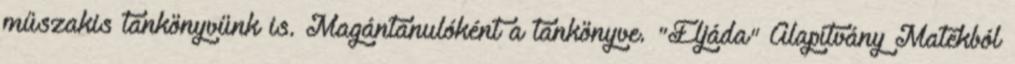
műszakis tankönyvünk is. Magántanulóként a tankönyve. "Eljáda" Alapítvány Matekból